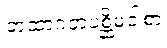
တထာဂတပစ္ဆိမဝါစာ